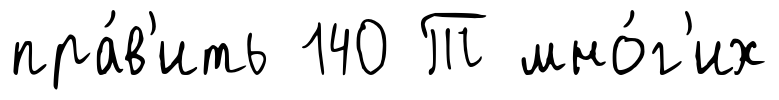
пра́в'ить 140 Т мно́г'их